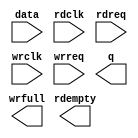
// megafunction wizard: %FIFO%VBB%
// GENERATION: STANDARD
// VERSION: WM1.0
// MODULE: dcfifo_mixed_widths 

// ============================================================
// Megafunction Name(s):
// 			dcfifo_mixed_widths
//
// Simulation Library Files(s):
// 			altera_mf
// ============================================================
// ************************************************************
// THIS IS A WIZARD-GENERATED FILE. DO NOT EDIT THIS FILE!
//
// 14.1.0 Build 186 12/03/2014 SJ Web Edition
// ************************************************************

//Copyright (C) 1991-2014 Altera Corporation. All rights reserved.
//Your use of Altera Corporation's design tools, logic functions 
//and other software and tools, and its AMPP partner logic 
//functions, and any output files from any of the foregoing 
//(including device programming or simulation files), and any 
//associated documentation or information are expressly subject 
//to the terms and conditions of the Altera Program License 
//Subscription Agreement, the Altera Quartus II License Agreement,
//the Altera MegaCore Function License Agreement, or other 
//applicable license agreement, including, without limitation, 
//that your use is for the sole purpose of programming logic 
//devices manufactured by Altera and sold by Altera or its 
//authorized distributors.  Please refer to the applicable 
//agreement for further details.

module FIFO (
	data,
	rdclk,
	rdreq,
	wrclk,
	wrreq,
	q,
	rdempty,
	wrfull);

	input	[63:0]  data;
	input	  rdclk;
	input	  rdreq;
	input	  wrclk;
	input	  wrreq;
	output	[7:0]  q;
	output	  rdempty;
	output	  wrfull;

endmodule

// ============================================================
// CNX file retrieval info
// ============================================================
// Retrieval info: PRIVATE: AlmostEmpty NUMERIC "0"
// Retrieval info: PRIVATE: AlmostEmptyThr NUMERIC "-1"
// Retrieval info: PRIVATE: AlmostFull NUMERIC "0"
// Retrieval info: PRIVATE: AlmostFullThr NUMERIC "-1"
// Retrieval info: PRIVATE: CLOCKS_ARE_SYNCHRONIZED NUMERIC "0"
// Retrieval info: PRIVATE: Clock NUMERIC "4"
// Retrieval info: PRIVATE: Depth NUMERIC "256"
// Retrieval info: PRIVATE: Empty NUMERIC "1"
// Retrieval info: PRIVATE: Full NUMERIC "1"
// Retrieval info: PRIVATE: INTENDED_DEVICE_FAMILY STRING "Cyclone IV E"
// Retrieval info: PRIVATE: LE_BasedFIFO NUMERIC "0"
// Retrieval info: PRIVATE: LegacyRREQ NUMERIC "1"
// Retrieval info: PRIVATE: MAX_DEPTH_BY_9 NUMERIC "0"
// Retrieval info: PRIVATE: OVERFLOW_CHECKING NUMERIC "0"
// Retrieval info: PRIVATE: Optimize NUMERIC "0"
// Retrieval info: PRIVATE: RAM_BLOCK_TYPE NUMERIC "0"
// Retrieval info: PRIVATE: SYNTH_WRAPPER_GEN_POSTFIX STRING "0"
// Retrieval info: PRIVATE: UNDERFLOW_CHECKING NUMERIC "0"
// Retrieval info: PRIVATE: UsedW NUMERIC "1"
// Retrieval info: PRIVATE: Width NUMERIC "64"
// Retrieval info: PRIVATE: dc_aclr NUMERIC "0"
// Retrieval info: PRIVATE: diff_widths NUMERIC "1"
// Retrieval info: PRIVATE: msb_usedw NUMERIC "0"
// Retrieval info: PRIVATE: output_width NUMERIC "8"
// Retrieval info: PRIVATE: rsEmpty NUMERIC "1"
// Retrieval info: PRIVATE: rsFull NUMERIC "0"
// Retrieval info: PRIVATE: rsUsedW NUMERIC "0"
// Retrieval info: PRIVATE: sc_aclr NUMERIC "0"
// Retrieval info: PRIVATE: sc_sclr NUMERIC "0"
// Retrieval info: PRIVATE: wsEmpty NUMERIC "0"
// Retrieval info: PRIVATE: wsFull NUMERIC "1"
// Retrieval info: PRIVATE: wsUsedW NUMERIC "0"
// Retrieval info: LIBRARY: altera_mf altera_mf.altera_mf_components.all
// Retrieval info: CONSTANT: INTENDED_DEVICE_FAMILY STRING "Cyclone IV E"
// Retrieval info: CONSTANT: LPM_NUMWORDS NUMERIC "256"
// Retrieval info: CONSTANT: LPM_SHOWAHEAD STRING "OFF"
// Retrieval info: CONSTANT: LPM_TYPE STRING "dcfifo_mixed_widths"
// Retrieval info: CONSTANT: LPM_WIDTH NUMERIC "64"
// Retrieval info: CONSTANT: LPM_WIDTHU NUMERIC "8"
// Retrieval info: CONSTANT: LPM_WIDTHU_R NUMERIC "11"
// Retrieval info: CONSTANT: LPM_WIDTH_R NUMERIC "8"
// Retrieval info: CONSTANT: OVERFLOW_CHECKING STRING "ON"
// Retrieval info: CONSTANT: RDSYNC_DELAYPIPE NUMERIC "4"
// Retrieval info: CONSTANT: UNDERFLOW_CHECKING STRING "ON"
// Retrieval info: CONSTANT: USE_EAB STRING "ON"
// Retrieval info: CONSTANT: WRSYNC_DELAYPIPE NUMERIC "4"
// Retrieval info: USED_PORT: data 0 0 64 0 INPUT NODEFVAL "data[63..0]"
// Retrieval info: USED_PORT: q 0 0 8 0 OUTPUT NODEFVAL "q[7..0]"
// Retrieval info: USED_PORT: rdclk 0 0 0 0 INPUT NODEFVAL "rdclk"
// Retrieval info: USED_PORT: rdempty 0 0 0 0 OUTPUT NODEFVAL "rdempty"
// Retrieval info: USED_PORT: rdreq 0 0 0 0 INPUT NODEFVAL "rdreq"
// Retrieval info: USED_PORT: wrclk 0 0 0 0 INPUT NODEFVAL "wrclk"
// Retrieval info: USED_PORT: wrfull 0 0 0 0 OUTPUT NODEFVAL "wrfull"
// Retrieval info: USED_PORT: wrreq 0 0 0 0 INPUT NODEFVAL "wrreq"
// Retrieval info: CONNECT: @data 0 0 64 0 data 0 0 64 0
// Retrieval info: CONNECT: @rdclk 0 0 0 0 rdclk 0 0 0 0
// Retrieval info: CONNECT: @rdreq 0 0 0 0 rdreq 0 0 0 0
// Retrieval info: CONNECT: @wrclk 0 0 0 0 wrclk 0 0 0 0
// Retrieval info: CONNECT: @wrreq 0 0 0 0 wrreq 0 0 0 0
// Retrieval info: CONNECT: q 0 0 8 0 @q 0 0 8 0
// Retrieval info: CONNECT: rdempty 0 0 0 0 @rdempty 0 0 0 0
// Retrieval info: CONNECT: wrfull 0 0 0 0 @wrfull 0 0 0 0
// Retrieval info: GEN_FILE: TYPE_NORMAL FIFO.v TRUE
// Retrieval info: GEN_FILE: TYPE_NORMAL FIFO.inc TRUE
// Retrieval info: GEN_FILE: TYPE_NORMAL FIFO.cmp TRUE
// Retrieval info: GEN_FILE: TYPE_NORMAL FIFO.bsf TRUE
// Retrieval info: GEN_FILE: TYPE_NORMAL FIFO_inst.v TRUE
// Retrieval info: GEN_FILE: TYPE_NORMAL FIFO_bb.v TRUE
// Retrieval info: LIB_FILE: altera_mf